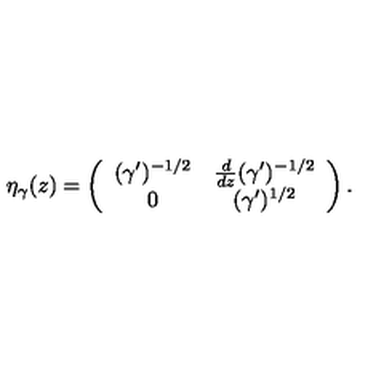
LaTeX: \eta _ { \gamma } ( z ) = \left( \begin{array} { c c } { ( \gamma ^ { \prime } ) ^ { - 1 / 2 } } & { { \frac { d } { d z } } ( \gamma ^ { \prime } ) ^ { - 1 / 2 } } \\ { 0 } & { ( \gamma ^ { \prime } ) ^ { 1 / 2 } } \\ \end{array} \right) .